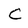
Character: C